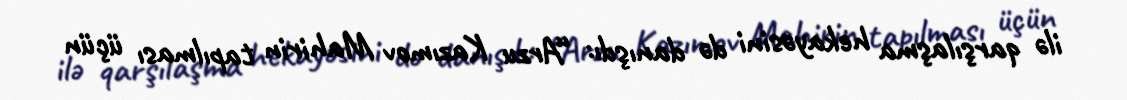
ilə qarşılaşma hekayəsini də danışdı: “Arzu Kazımov Mahirin tapılması üçün